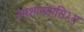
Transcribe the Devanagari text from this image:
स्मशानवासिभ्यः